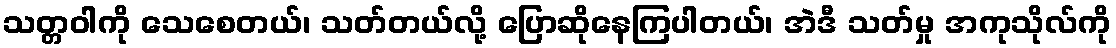
သတ္တဝါကို သေစေတယ်၊ သတ်တယ်လို့ ပြောဆိုနေကြပါတယ်၊ အဲဒီ သတ်မှု အကုသိုလ်ကို